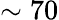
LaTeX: \sim 70